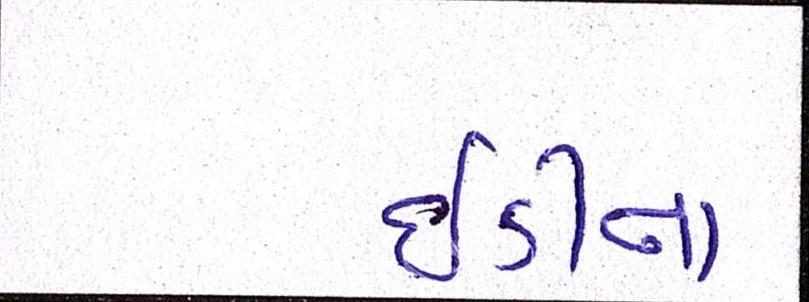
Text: ઇડીના